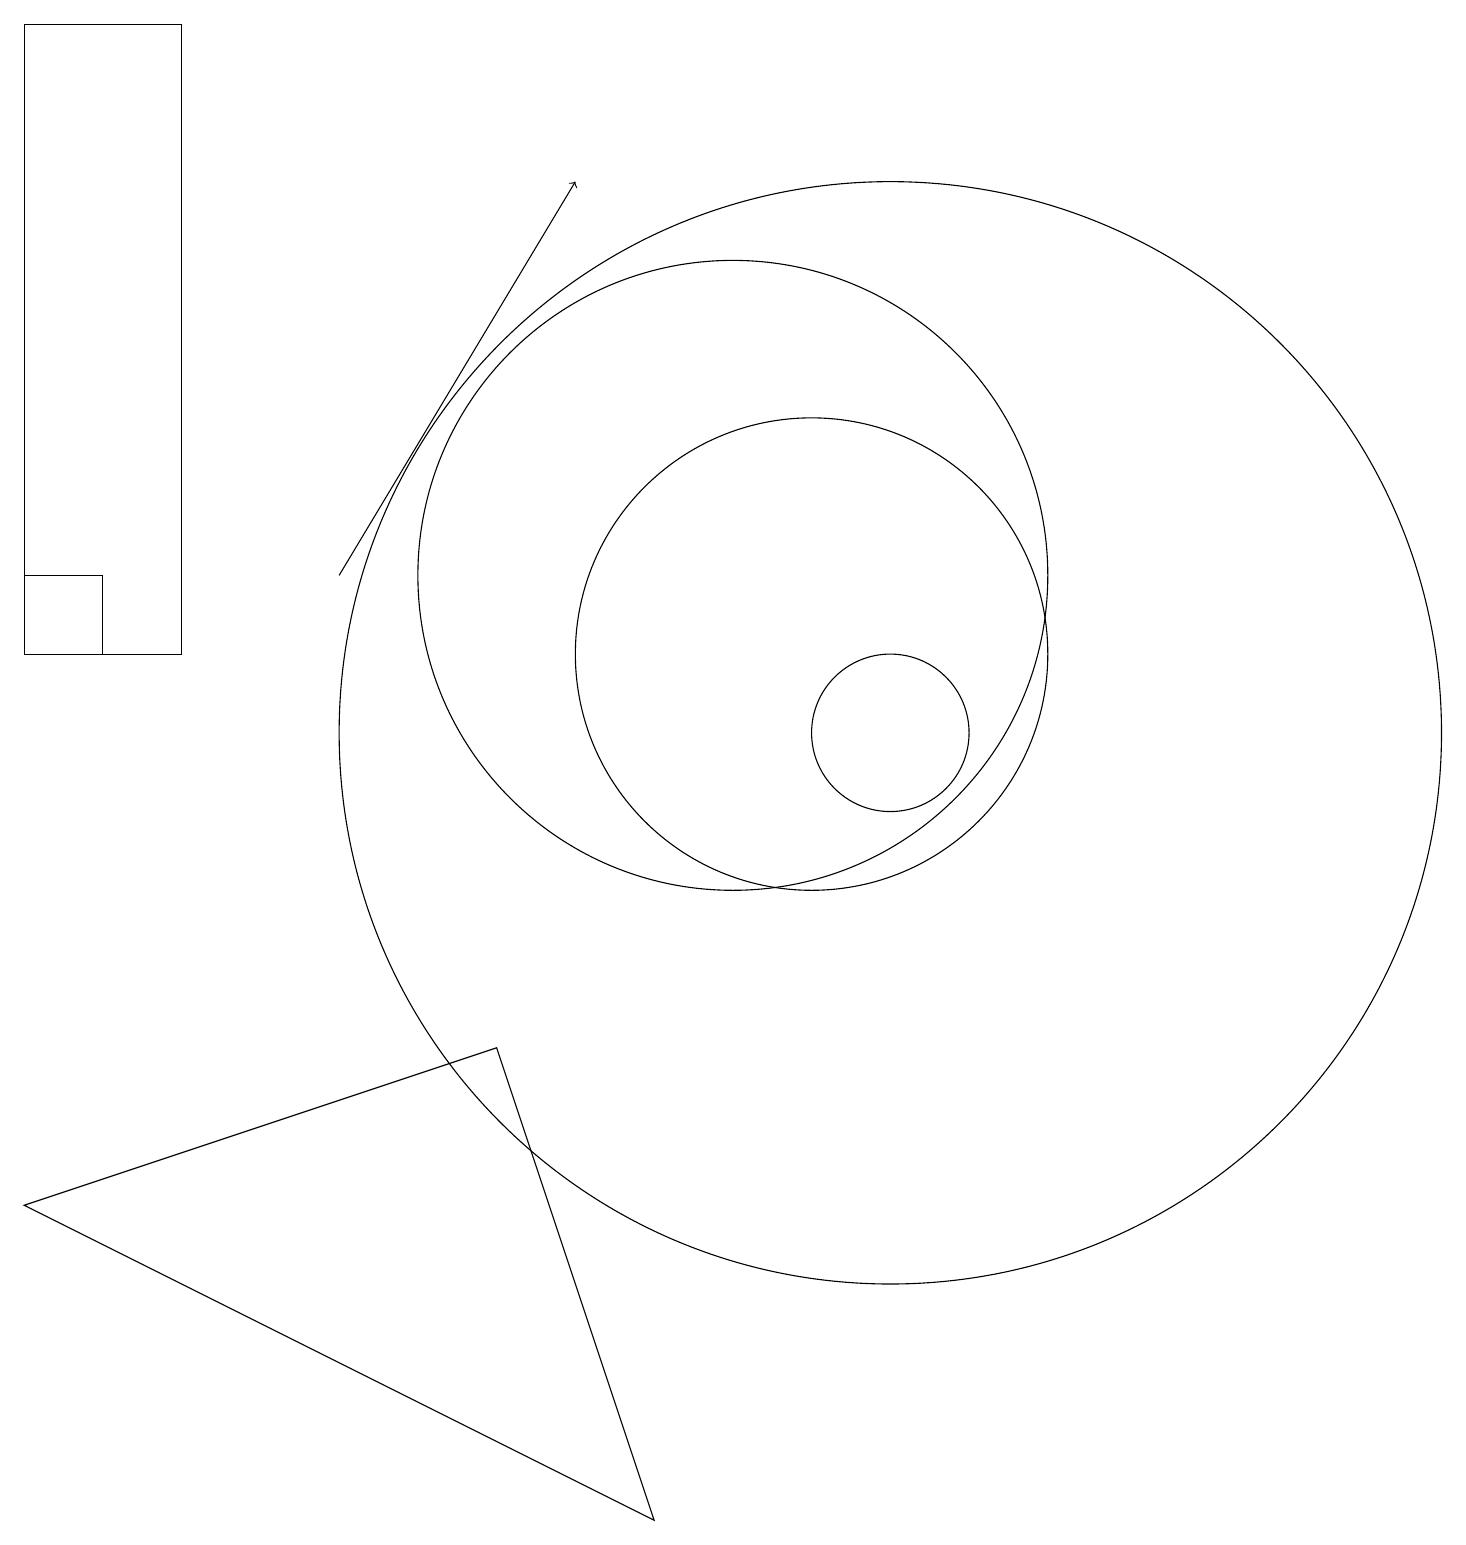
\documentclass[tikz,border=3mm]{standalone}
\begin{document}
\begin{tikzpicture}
\draw (10,12) circle (4);
\draw (1,19) rectangle (3,11);
\draw (12,10) circle (1);
\draw (2,11) rectangle (1,12);
\draw (12,10) circle (7);
\draw[->] (5,12) -- (8,17);
\draw (9,0) -- (1,4) -- (7,6) -- cycle;
\draw (11,11) circle (3);
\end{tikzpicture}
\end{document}